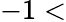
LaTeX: -1<